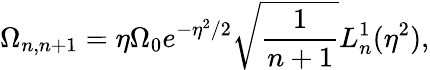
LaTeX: \Omega_{n,n+1}=\eta\Omega_{0}e^{-\eta^{2}/2}\sqrt{\frac{1}{n+1}}L_{n}^{1}(\eta^{2}),